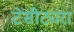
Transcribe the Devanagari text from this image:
टेसीट्यरा